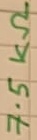
Text: 7.5KΩ